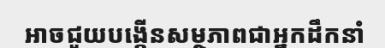
អាចជួយបង្កើនសម្ថភាពជាអ្នកដឹកនាំ